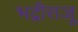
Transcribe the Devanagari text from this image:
भद्रीराजू